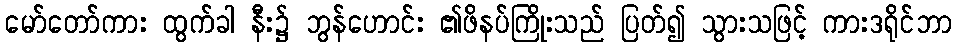
မော်တော်ကား ထွက်ခါ နီး၌ ဘွန်ဟောင်း ၏ဖိနပ်ကြိုးသည် ပြတ်၍ သွားသဖြင့် ကားဒရိုင်ဘာ